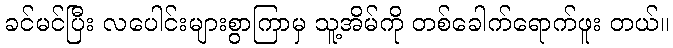
ခင်မင်ပြီး လပေါင်းများစွာကြာမှ သူ့အိမ်ကို တစ်ခေါက်ရောက်ဖူး တယ်။